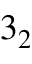
3 _ { 2 }